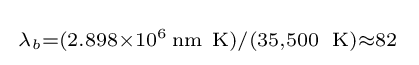
{\begin{smallmatrix}\lambda _{b}=(2.898\times 10^{6}\operatorname {nm\ K} )/(35,500\ \operatorname {K} )\approx 82\,\end{smallmatrix}}